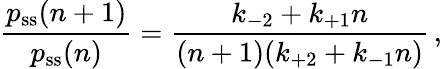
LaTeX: \frac{p_{\mathrm{ss}}(n+1)}{p_{\mathrm{ss}}(n)}=\frac{k_{-2}+k_{+1}n}{(n+1)(k_{+2}+k_{-1}n)}\, ,